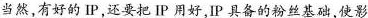
当然，有好的IP还要把IP用好IP具备的粉丝基础使影